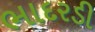
ભાદરડી